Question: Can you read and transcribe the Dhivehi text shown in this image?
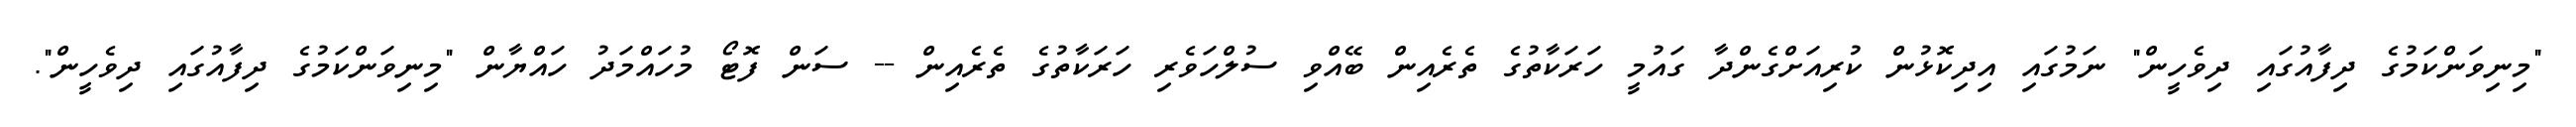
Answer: "މިނިވަންކަމުގެ ދިފާއުގައި ދިވެހީން" ނަމުގައި އިދިކޮޅުން ކުރިއަށްގެންދާ ގައުމީ ހަރަކާތުގެ ތެރެއިން ބޭއްވި ސުލްހަވެރި ހަރަކާތުގެ ތެރެއިން -- ސަން ފޮޓޯ މުހައްމަދު ހައްޔާން "މިނިވަންކަމުގެ ދިފާއުގައި ދިވެހީން".